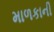
માળકાની